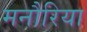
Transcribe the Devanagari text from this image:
मनौरिया